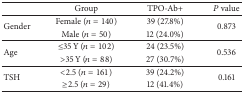
|  | Group | TPO-Ab+ | P value |
 | --- | --- | --- | --- |
 | <ROWSPAN=2> Gender | Female (n = 140) | 39 (27.8%) | <ROWSPAN=2> 0.873 |
 | Male (n = 50) | 12 (24.0%) |
 | <ROWSPAN=2> Age | ≤35 Y (n = 102) | 24 (23.5%) | <ROWSPAN=2> 0.536 |
 | >35 Y (n = 88) | 27 (30.7%) |
 | <ROWSPAN=2> TSH | <2.5 (n = 161) | 39 (24.2%) | <ROWSPAN=2> 0.161 |
 | ≥2.5 (n = 29) | 12 (41.4%) |